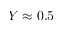
Y \approx 0 . 5